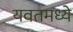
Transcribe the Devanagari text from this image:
यवतमध्ये